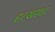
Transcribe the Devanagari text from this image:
हटखरघा